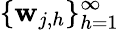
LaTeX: \{ \mathbf{w}_{j,h}\} _{h=1}^{\infty}